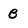
Character: B